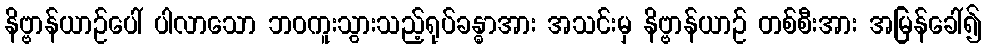
နိဗ္ဗာန်ယာဉ်ပေါ် ပါလာသော ဘဝကူးသွားသည့်ရုပ်ခန္ဓာအား အသင်းမှ နိဗ္ဗာန်ယာဉ် တစ်စီးအား အမြန်ခေါ်၍